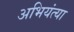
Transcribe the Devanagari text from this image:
अभियंत्या